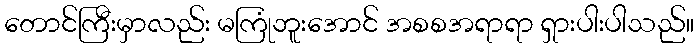
တောင်ကြီးမှာလည်း မကြုံဘူးအောင် အစစအရာရာ ရှားပါးပါသည်။